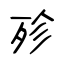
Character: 殄